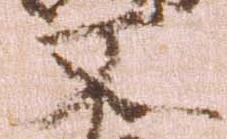
又